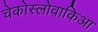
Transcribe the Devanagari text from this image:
चेकोस्लोवाकिआ